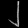
Digit: ၂